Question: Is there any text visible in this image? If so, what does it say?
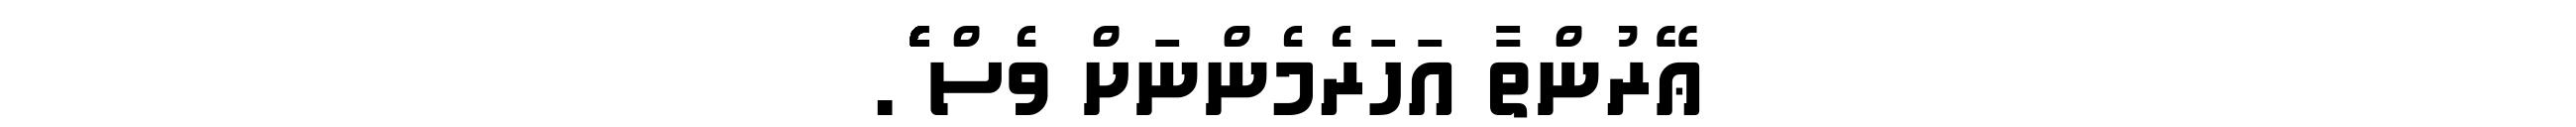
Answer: ޢޭރުންތާ އަހަރެމެންނަށް ވެސް ެެެެެެެެެެެެެެެެެެެެެެެެެެެެެެެެެެެެެެެެެެެެެެެެެެެެެެެެެެެެެެެެެެެެެެެެ.